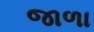
જાળા